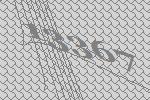
13367